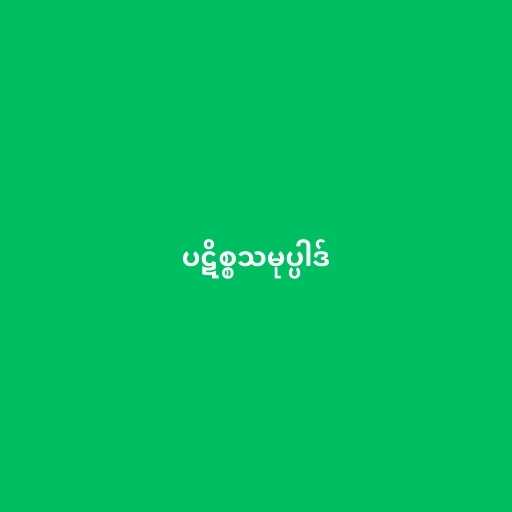
ပဋိစ္စသမုပ္ပါဒ်